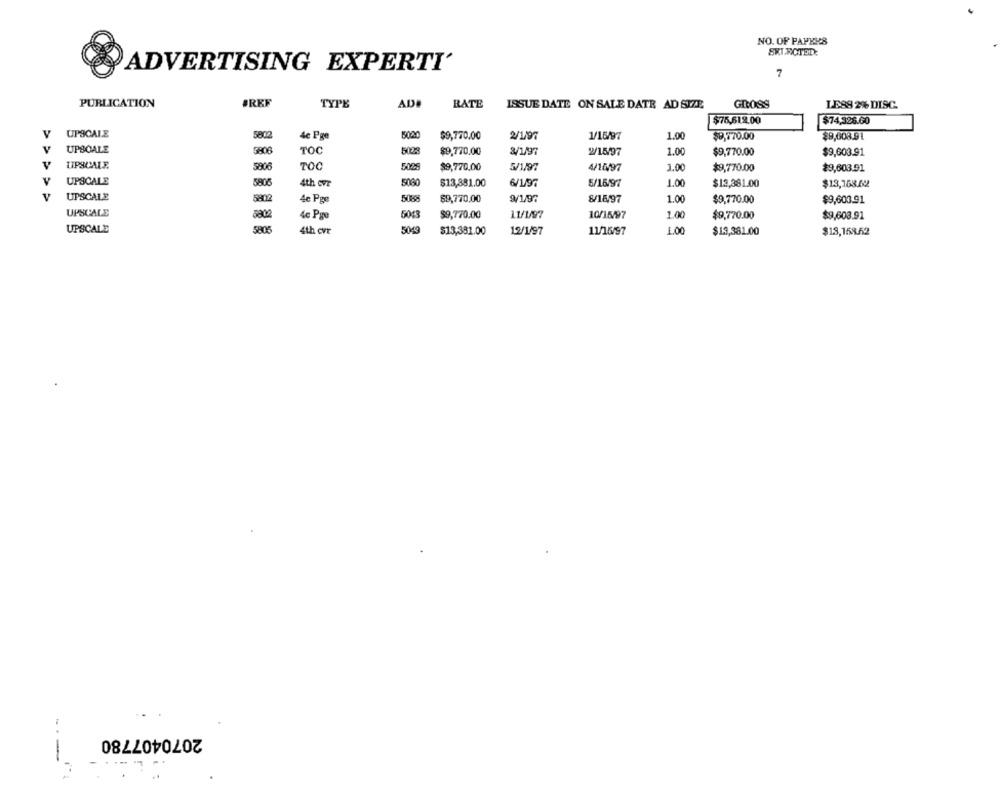
NO. OF PAPERS
SKIRCTELE
ADVERTISING EXPERTI'
7
PUBLICATION
ØRKF
TYPE
AD
RATE
GROSS
LE88 2% DISC.
ISSUE DATE ON SALE DATE AD SIZE
$75,618.00
$74,326.60
V
UPSCALE
5020
1.00
4e Pge
$9,770.00
2/1/97
1/16/97
$8,770.00
$9,008.91
v
UPSCALE
5806
TOC
5028
$9,720.00
3/197
2/15/97
1.00
$9,770.00
$9,603.91
V
UPSCALE
$806
TOC
5029
$9,720,00
4/14/97
1.00
$9,603.91
$9,770.00
V
UPSCALE
58085
4th ovr
$13,381.00
6/1/97
5/16/97
1.00
$13,381.00
$13,168.02
UPSCALE
5902
$9,770,00
9/1/97
8/1597
1.00
$9,770.00
4e Pge
$9,600.91
UPSCALE
8802
5043
$9,770.00
11/1/97
10/15/97
1.00
$9,770.00
$9,603.91
4c Pge
UPSCALE
5806
5049
4th cvr
$13,381.00
12/1/97
11/16/97
1.00
$13,381.00
$19,158.52
2070407780
-